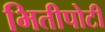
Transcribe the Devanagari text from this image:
भितीपोटी